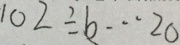
1 0 2 \div b \cdots 2 0